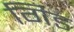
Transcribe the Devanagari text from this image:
गिड